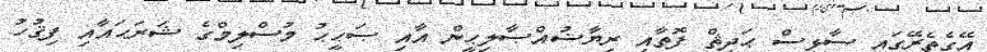
އޭގެތެރޭގައި ސާޅީސް ޙަދީޘް ފޮތާއި ރިޔާޟުއްޞާލިޙީން އާއި ޞަޙީޙު މުސްލިމްގެ ޝަރަޙައާއި ފިޤުހު